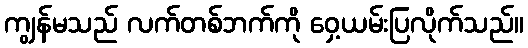
ကျွန်မသည် လက်တစ်ဘက်ကို ဝှေ့ယမ်းပြလိုက်သည်။